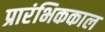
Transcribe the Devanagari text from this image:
प्रारंभिककाल